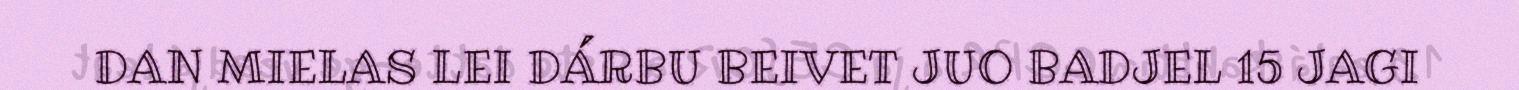
DAN MIELAS LEI DÁRBU BEIVET JUO BADJEL 15 JAGI